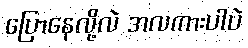
ပြောနေလို့လဲ အလကားပါပဲ